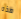
هذه